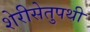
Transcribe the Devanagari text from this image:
शेरीसेतुपथी